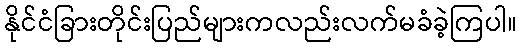
နိုင်ငံခြားတိုင်းပြည်များကလည်းလက်မခံခဲ့ကြပါ။